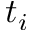
t _ { i }